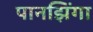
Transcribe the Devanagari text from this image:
पानझिंगा